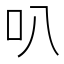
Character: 叭